Civil Veterinary Dept. Assam report 1927-50 - 1927-1950
Year: 1927
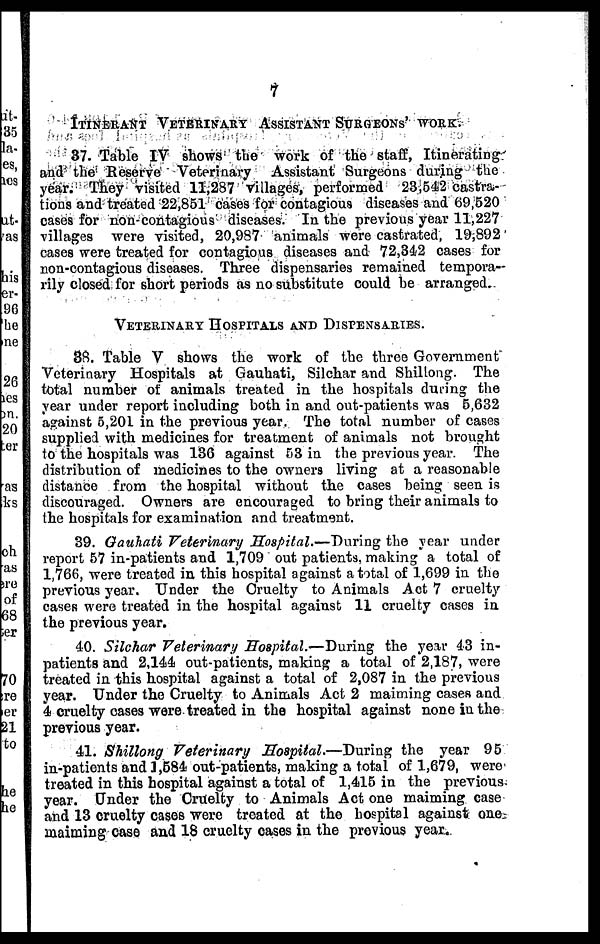
7
ITINERANT VETERINARY ASSISTANT SURGEONS' WORK.
37. Table IV shows the work of the staff, Itinerating
and the Reserve Veterinary Assistant Surgeons during the
year. They visited 11,287 Villages, performed 23,542 castra-
tions and treated 22,851 cases for contagious diseases and 69,520
cases for non-contagious diseases. In the previous year 11,227
Tillages were visited, 20,987 animals were castrated, 19,892
cases were treated for contagious diseases and 72,342 cases for
non-contagious diseases. Three dispensaries remained tempora-
rily closed for short periods as no substitute could be arranged.
VETERINARY HOSPITALS AND DISPENSARIES.
38. Table V shows the work of the three Government
Veterinary Hospitals at Gauhati, Silchar and Shillong. The
total number of animals treated in the hospitals during the
year under report including both in and out-patients was 5,632
against 5,201 in the previous year. The total number of cases
supplied with medicines for treatment of animals not brought
to the hospitals was 136 against 53 in the previous year. The
distribution of medicines to the owners living at a reasonable
distance from the hospital without the cases being seen is
discouraged. Owners are encouraged to bring their animals to
the hospitals for examination and treatment.
39. Gauhati Veterinary Hospital.—During the year under
report 57 in-patients and 1,709 out patients, making a total of
1,766, were treated in this hospital against a total of 1,699 in the
previous year. Under the Cruelty to Animals Act 7 cruelty
cases were treated in the hospital against 11 cruelty cases in
the previous year.
40. Silchar Veterinary Hospital.—During the year 43 in-
patients and 2,144 out-patients, making a total of 2,187, were
treated in this hospital against a total of 2,087 in the previous
year. Under the Cruelty to Animals Act 2 maiming cases and
4 cruelty cases were treated in the hospital against none in the
previous year.
41. Shillong Veterinary Hospital.—During the year 95
in-patients and 1,584 out-patients, making a total of 1,679, were
treated in this hospital against a total of 1,415 in the previous
year. Under the Cruelty to Animals Act one maiming case
and 13 cruelty cases were treated at the hospital against one
maiming case and 18 cruelty cases in the previous year.